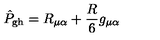
\hat { P } _ { \mathrm { g h } } = R _ { \mu \alpha } + \frac { R } { 6 } g _ { \mu \alpha }